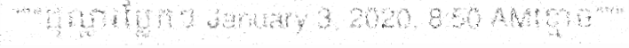
"""ដុល្លារប្លែកៗ January 3, 2020, 8:50 AMខ្មោច"""